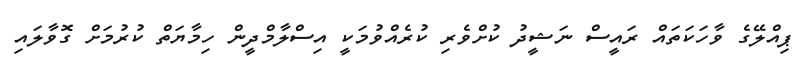
ޕިއްލޭގެ ވާހަކަތައް ރައީސް ނަޝީދު ކުށްވެރި ކުރެއްވުމަކީ އިސްލާމްދީން ހިމާޔަތް ކުރުމަށް ގޮވާލައި